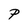
Character: P